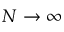
N \rightarrow \infty